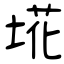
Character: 埖